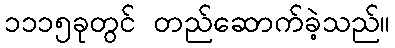
၁၁၁၅ခုတွင် တည်ဆောက်ခဲ့သည်။